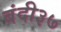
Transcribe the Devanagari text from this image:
बंदी३७